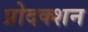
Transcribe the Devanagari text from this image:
प्रोदक्शन